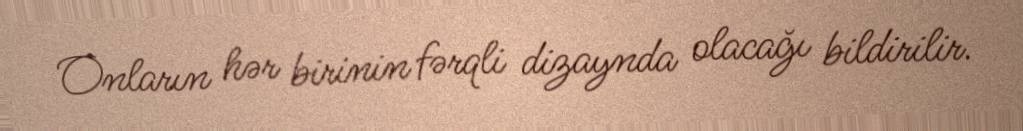
Onların hər birinin fərqli dizaynda olacağı bildirilir.